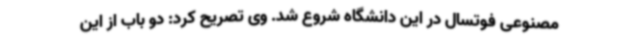
مصنوعی فوتسال در این دانشگاه شروع شد. وی تصریح کرد: دو باب از این